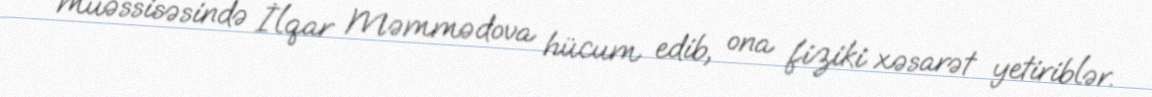
müəssisəsində İlqar Məmmədova hücum edib, ona fiziki xəsarət yetiriblər.